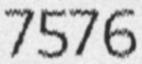
7576